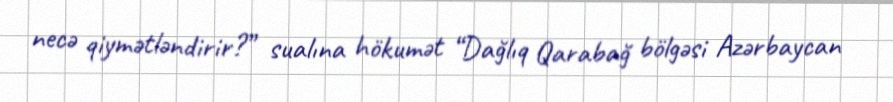
necə qiymətləndirir?” sualına hökumət “Dağlıq Qarabağ bölgəsi Azərbaycan